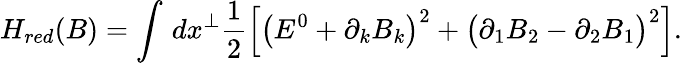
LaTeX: H_{red}(B)=\int\, dx^{\perp}\frac{1}{2}\Big[\big(E^{0}+\partial_{k}B_{k}\big)^{2}+\big(\partial_{1}B_{2}-\partial_{2}B_{1}\big)^{2}\Big].